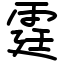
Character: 霆